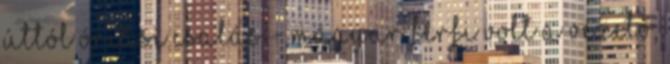
úttól Óriási csalás - Magyar férfi volt a vezető,